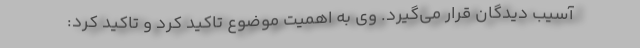
آسیب دیدگان قرار می‌گیرد. وی به اهمیت موضوع تاکید کرد و تاکید کرد: